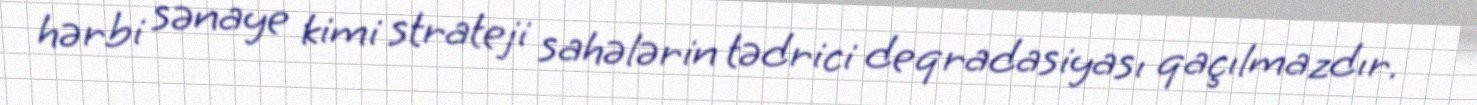
hərbi sənaye kimi strateji sahələrin tədrici deqradasiyası qaçılmazdır.